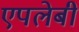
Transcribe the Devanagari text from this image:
एपलेबी